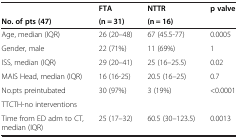
|  | FTA | NTTR | p valve |
 | No. of pts (47) | (n = 31) | (n = 16) |  |
 | --- | --- | --- | --- |
 | Age, median (IQR) | 26 (20–48) | 67 (45.5-77) | 0.0005 |
 | Gender, male | 22 (71%) | 11 (69%) | 1 |
 | ISS, median (IQR) | 29 (20–41) | 25 (16–25.5) | 0.02 |
 | MAIS Head, median (IQR) | 16 (16-25) | 20.5 (16–25) | 0.7 |
 | No.pts preintubated | 30 (97%) | 3 (19%) | <0.0001 |
 | TTCTH-no interventions |  |  |  |
 | Time from ED adm to CT, median (IQR) | 25 (17–32) | 60.5 (30–123.5) | 0.0013 |